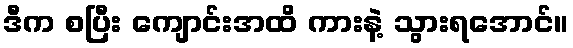
ဒီက စပြီး ကျောင်းအထိ ကားနဲ့ သွားရအောင်။